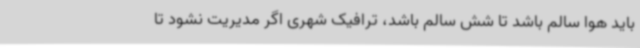
باید هوا سالم باشد تا شش سالم باشد، ترافیک شهری اگر مدیریت نشود تا